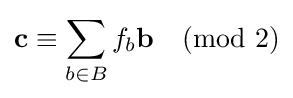
\mathbf {c} \equiv \sum _{b\in B}f_{b}\mathbf {b} {\pmod {2}}